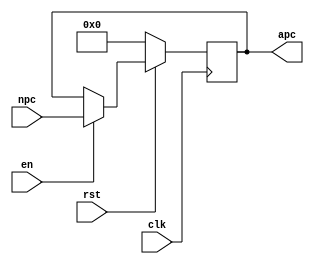
module regPc(clk,en,rst,npc,apc);
    input clk;
    input en;
    input rst;
    input [31:0] npc;
    output  [31:0] apc;
    reg [31:0] pc='b0;
    assign apc = pc;
    
    always @(posedge clk) begin
        if (rst=='b0) pc = 0;
        else begin
            if (en) pc = npc;
            else pc = pc;
        end  
    end
endmodule